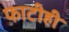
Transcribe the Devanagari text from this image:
फाटीही